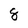
Character: 8